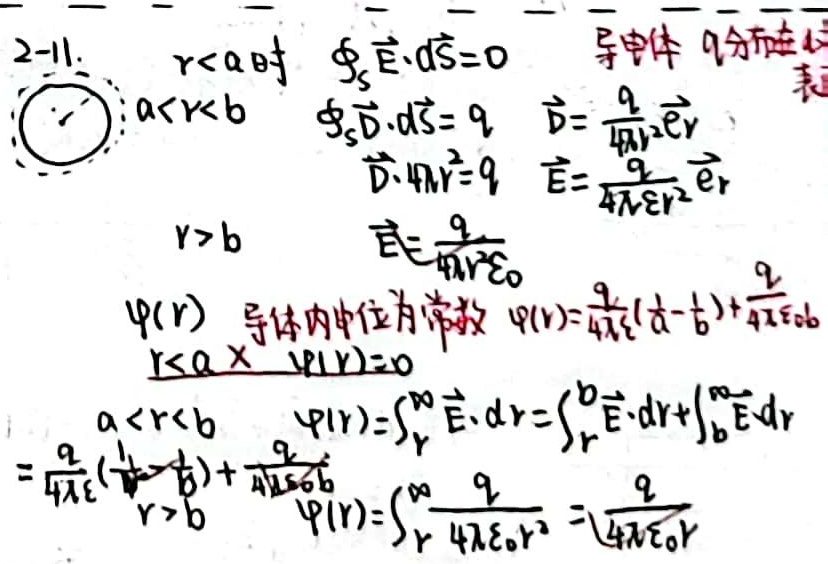
2 - 11.
当\(r < a\)时，\(\oint_{S}\vec{E}\cdot d\vec{S}=0\)
当\(a < r < b\)时，
\(\begin{align*}
\oint_{S}\vec{D}\cdot d\vec{S}&=q\\
\vec{D}&=\frac{q}{4\pi r^{2}}\vec{e}_{r}\\
\vec{E}&=\frac{q}{4\pi \varepsilon r^{2}}\vec{e}_{r}\\
\vec{D}\cdot 4\pi r^{2}&=q
\end{align*}\)
当\(r > b\)时，\(\vec{E}=\frac{q}{4\pi r^{2}\varepsilon_{0}}\)

对于\(\varphi(r)\)：
 - 导体内电位为常数，\(\varphi(r)=\frac{q}{4\pi \varepsilon}(\frac{1}{a}-\frac{1}{b})+\frac{q}{4\pi \varepsilon_{0}b}\)
 - 当\(r < a\)时，\(\varphi(r)=0\)
 - 当\(a < r < b\)时，\(\varphi(r)=\int_{r}^{\infty}\vec{E}\cdot d\vec{r}=\int_{r}^{b}\vec{E}\cdot d\vec{r}+\int_{b}^{\infty}\vec{E}\cdot d\vec{r}=\frac{q}{4\pi \varepsilon}(\frac{1}{r}-\frac{1}{b})+\frac{q}{4\pi \varepsilon_{0}b}\)
 - 当\(r > b\)时，\(\varphi(r)=\int_{r}^{\infty}\frac{q}{4\pi \varepsilon_{0}r^{2}}=\frac{q}{4\pi \varepsilon_{0}r}\)